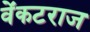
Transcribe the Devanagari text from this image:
वेंकटराज